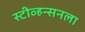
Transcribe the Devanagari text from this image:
स्टीव्हन्सनला